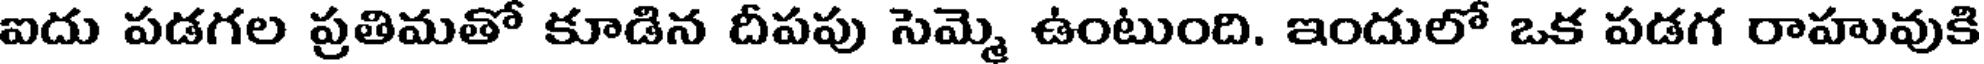
ఐదు పడగల ప్రతిమతో కూడిన దీపపు సెమ్మె ఉంటుంది. ఇందులో ఒక పడగ రాహువుకి